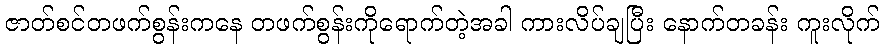
ဇာတ်စင်တဖက်စွန်းကနေ တဖက်စွန်းကိုရောက်တဲ့အခါ ကားလိပ်ချပြီး နောက်တခန်း ကူးလိုက်